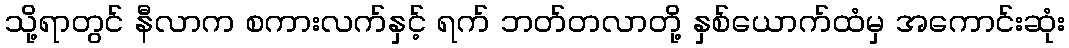
သို့ရာတွင် နီလာက စကားလက်နှင့် ရက် ဘတ်တလာတို့ နှစ်ယောက်ထံမှ အကောင်းဆုံး